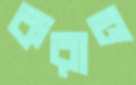
করান